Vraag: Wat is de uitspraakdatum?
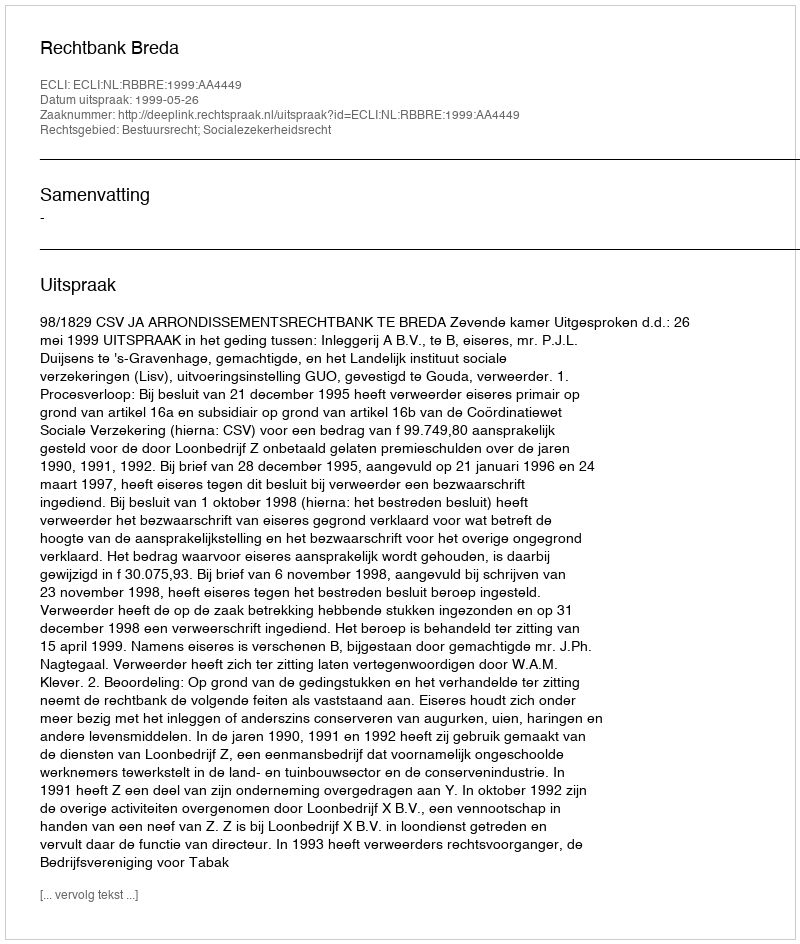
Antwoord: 1999-05-26